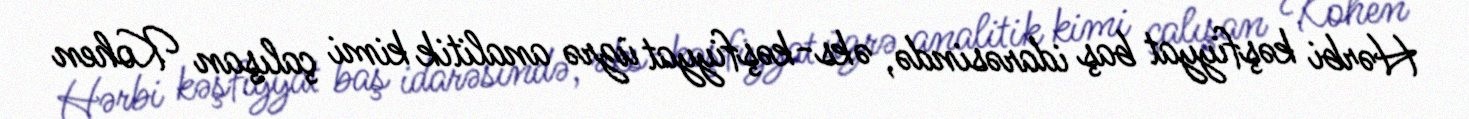
Hərbi kəşfiyyat baş idarəsində, əks-kəşfiyyat üzrə analitik kimi çalışan Kohen